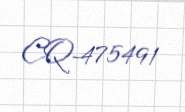
CQ-475491